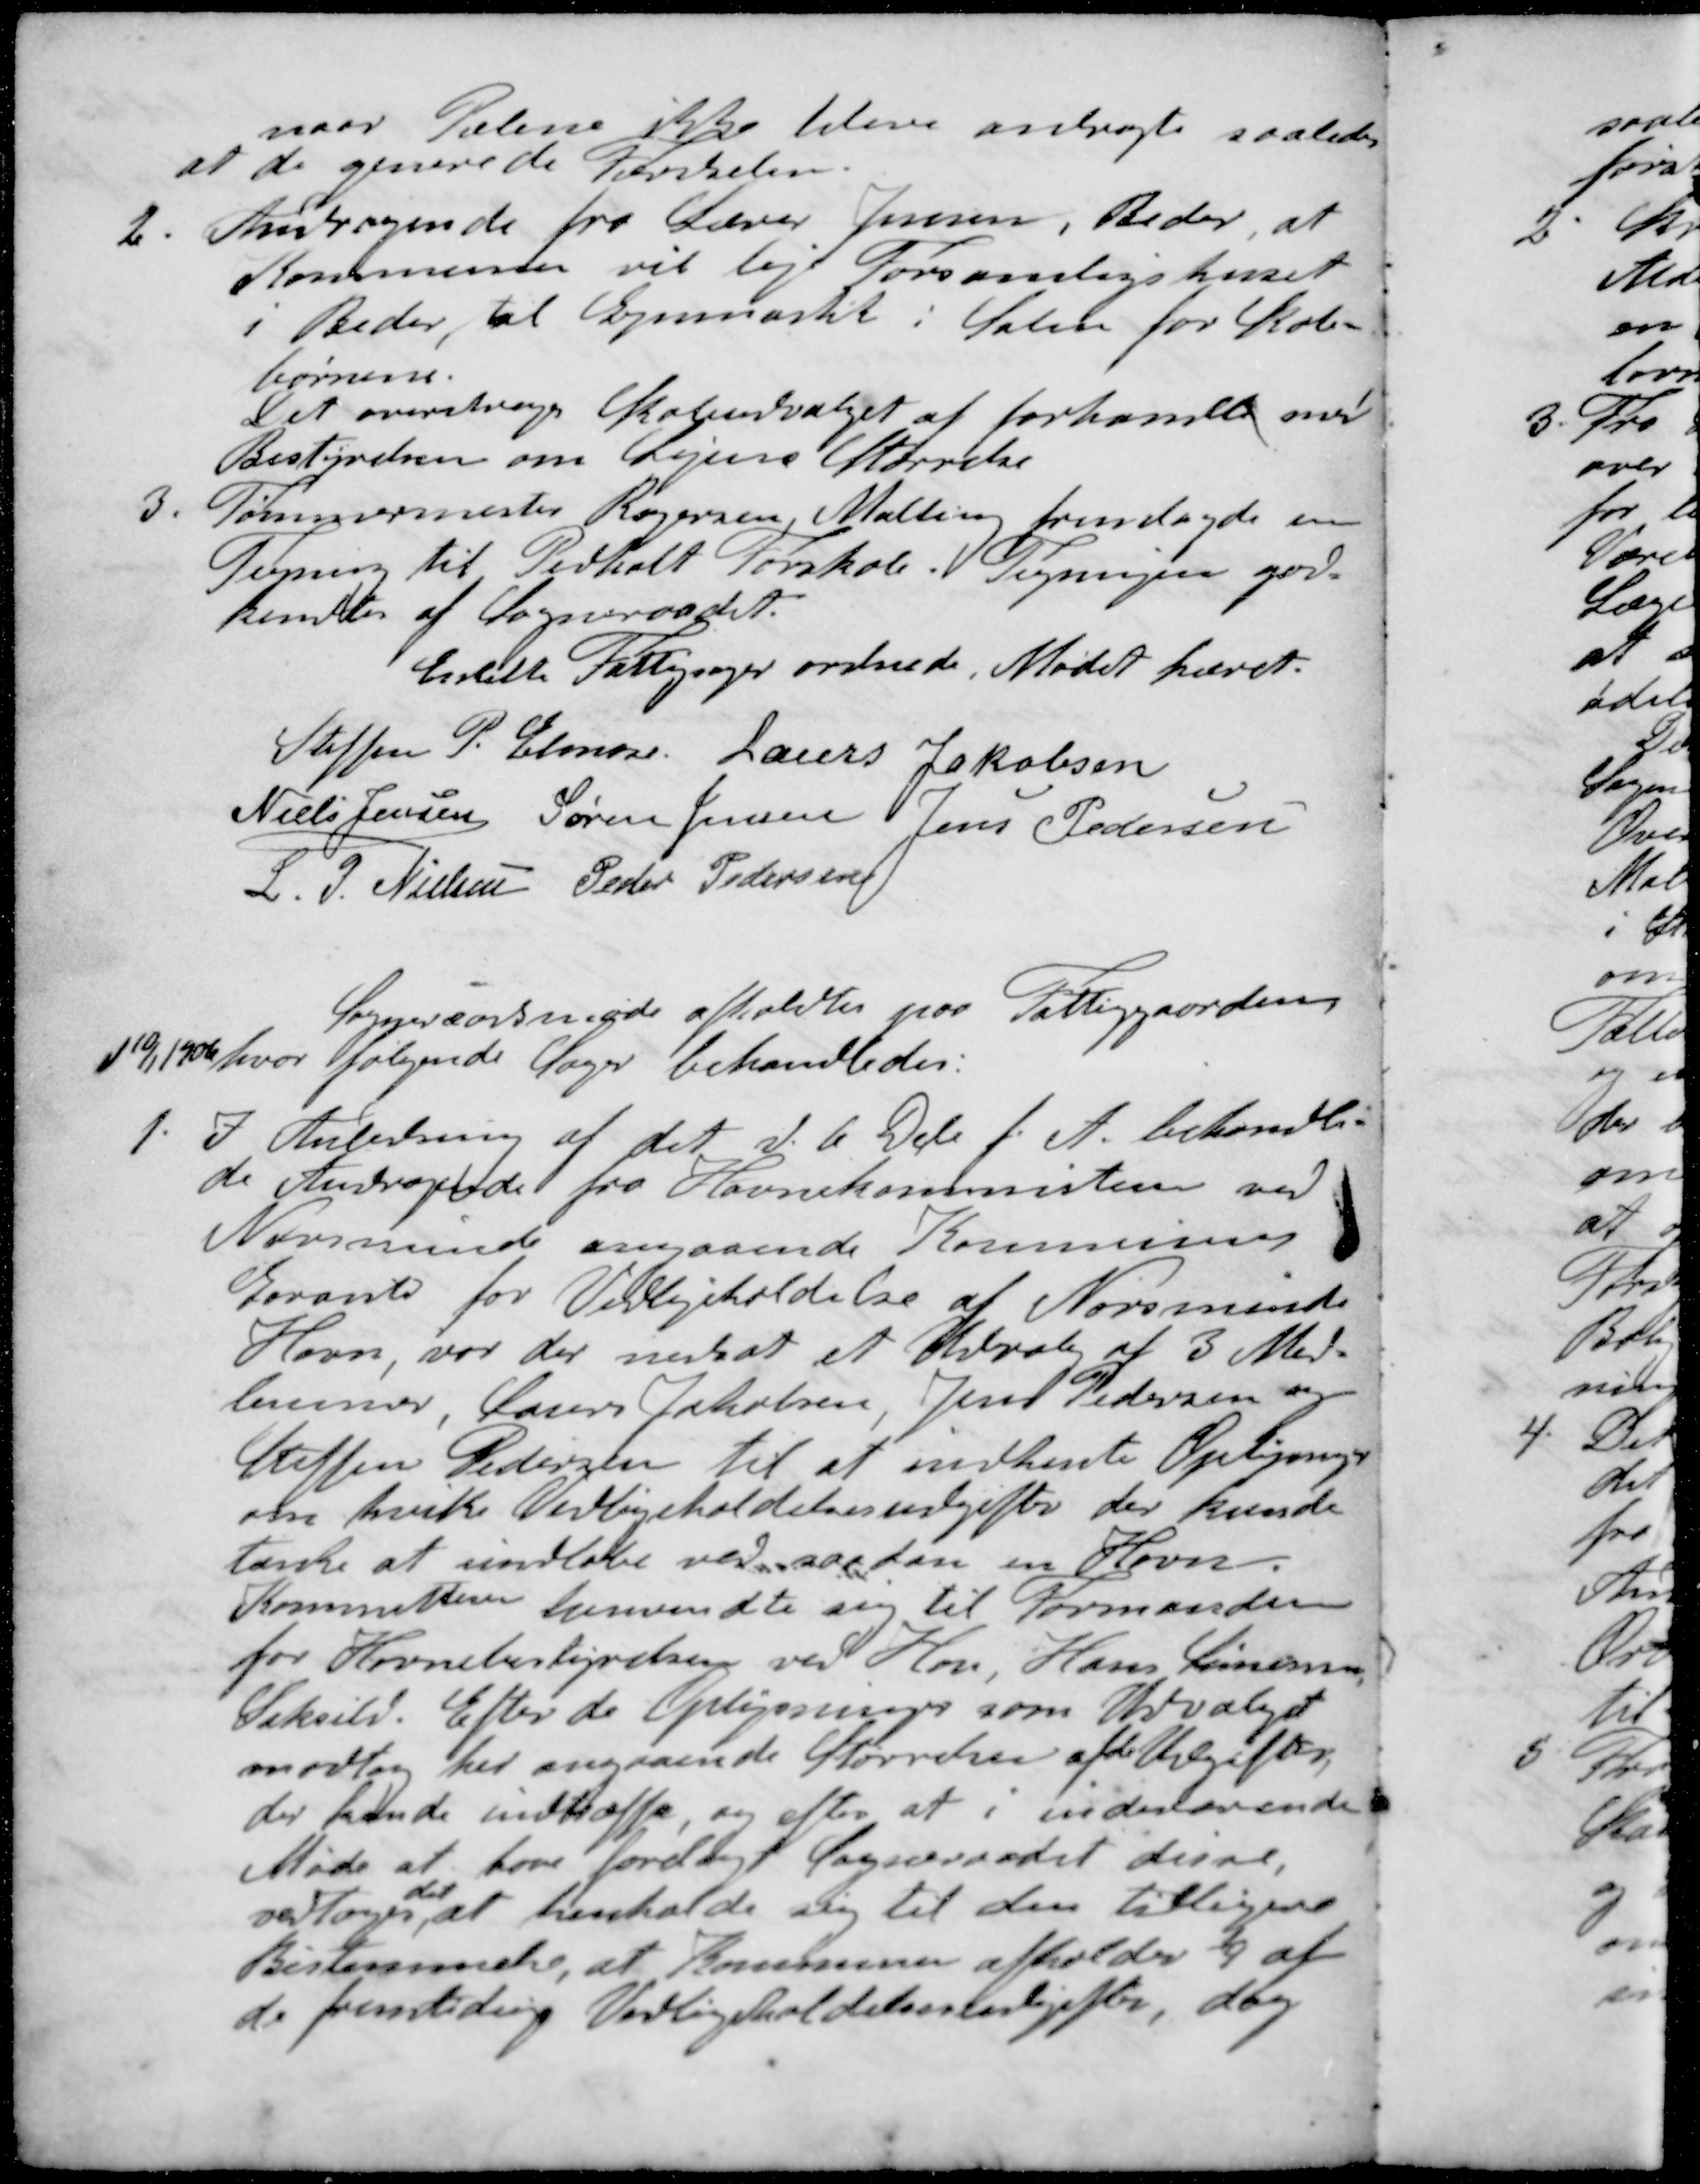
Transskription:
naar Pælene ikke blive anbragte saaledes
at de generede Færdselen.
2. Andragende fra Lærer Jensen, Beder, at
Kommunen vil leje Forsamligshuset
Beder, til Gymnastik i Salen for Skole-
børnene.
Det overdroges Skoleudvalget af forhandle med
Bestyrelsen om Lejens størrelse
3. Tømmermester Rogersen, Malling fremlagde en
Tegning til Pedholt Forskole. Tegningen god-
kendtes af Sogneraadet
Enkelte Fattigsager ordnede Mødet hævet.
Steffen P Elmose
Laurs Jakobsen
Niels Jensen
Søren Jensen
Jens Pedersen
L P Nielsen
Peder Pedersen)
Sogneraadsmøde afholdtes paa Fattiggaarden
d 10/1 1906 hvor følgende Sager behandledes:
1. I Anledning af det d. 6 Dcb f. A. behandle-
de Andragende fra Havnekommisten ved
Norsminde angaaende Kommunens
Garanti for Vedligeholdelse af Norsminde
Havn, var der nedsat et Udvalg af 3 Med-
lemmer Laurs Jakobsen, Jens Pedersen og
Steffen Pedersen til at indhente Oplysning
om hvilke Vedligeholdelsesudgifter der kunde
tænke at indløbe ved saadan en Havn.
Kommitteen henvendte sig til Formanden
for Havnebestyrelsen ved Hou, Hans Sørensen
Saksild. Efter de Oplysninger som Udvalget
modtog her angaaende Størrelsen af de Udgifter
der kunde indtræffe, og efter at i indeværende
Møde at have forelagt Sogneraadet disse,
vedtoges at henholde sig til den tilligere
Bestemmelse, at Kommunen afholder 1/4 af
de fremtidige Vedligeholdelsesudgifter, dog